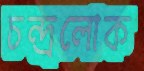
চন্দ্রলোক